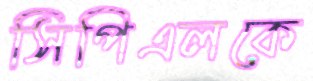
সিপিএলকে